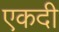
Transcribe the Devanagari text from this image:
एकदी